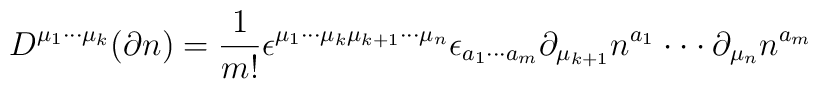
D^{\mu _1\cdot \cdot \cdot \mu _k}(\partial n)=\frac 1{m!}\epsilon^{\mu _1\cdot \cdot \cdot \mu _k\mu _{k+1}\cdot \cdot \cdot \mu _n}\epsilon_{a_1\cdot \cdot \cdot a_m}\partial _{\mu _{k+1}}n^{a_1}\cdot \cdot \cdot\partial _{\mu _n}n^{a_m}